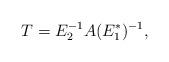
LaTeX: \begin{align*}T=E_2^{-1} A({E_1^*})^{-1},\end{align*}